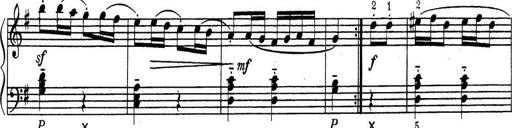
Title: ÄŒeskÃ© Sonatiny
Composer: Various